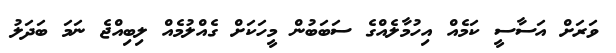
ވަރަށް އަސާސީ ކަމެއް އިހުމާލެއްގެ ސަބަބުން މީހަކަށް ގެއްލުމެއް ލިބިއްޖެ ނަމަ ބަދަލު